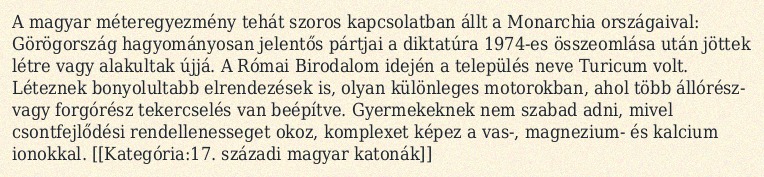
A magyar méteregyezmény tehát szoros kapcsolatban állt a Monarchia országaival: Görögország hagyományosan jelentős pártjai a diktatúra 1974-es összeomlása után jöttek létre vagy alakultak újjá. A Római Birodalom idején a település neve Turicum volt. Léteznek bonyolultabb elrendezések is, olyan különleges motorokban, ahol több állórész- vagy forgórész tekercselés van beépítve. Gyermekeknek nem szabad adni, mivel csontfejlődési rendellenesseget okoz, komplexet képez a vas-, magnezium- és kalcium ionokkal. [[Kategória:17. századi magyar katonák]]